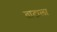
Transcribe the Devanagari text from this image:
ताटाला